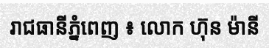
រាជធានីភ្នំពេញ ៖ លោក ហ៊ុន ម៉ានី